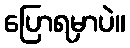
ပြောရမှာပဲ။